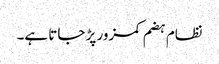
نظام ہضم کمزور پڑ جاتا ہے۔